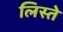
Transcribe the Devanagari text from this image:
लिस्ते